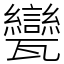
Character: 㽋